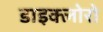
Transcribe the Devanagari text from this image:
डाइक्लोरो